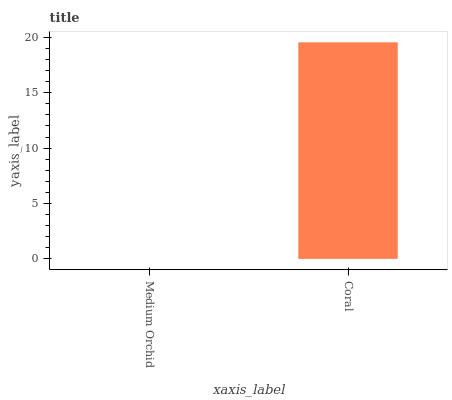
| xaxis_label | bars |
 | --- | --- |
 | Medium Orchid | 0 |
 | Coral | 19.6 |